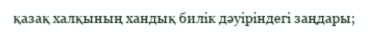
қазақ халқының хандық билік дәуіріндегі заңдары;